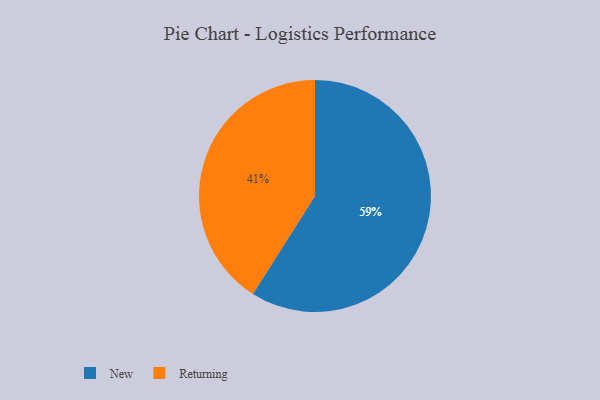
{"axis": {"x": "Category", "y": "Percentage"}, "legend": ["New", "Returning"], "data": [{"x": "New", "y": 59, "type": "New"}, {"x": "Returning", "y": 41, "type": "Returning"}]}